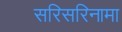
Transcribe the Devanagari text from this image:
सरिसरिनामा